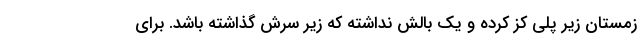
زمستان زیر پلی کز کرده و یک بالش نداشته که زیر سرش گذاشته باشد. برای